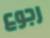
رجوع